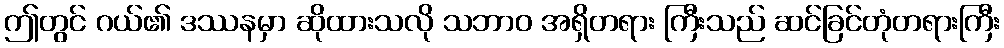
ဤတွင် ဂယ်၏ ဒဿနမှာ ဆိုထားသလို သဘာဝ အရှိတရား ကြီးသည် ဆင်ခြင်တုံတရားကြီး